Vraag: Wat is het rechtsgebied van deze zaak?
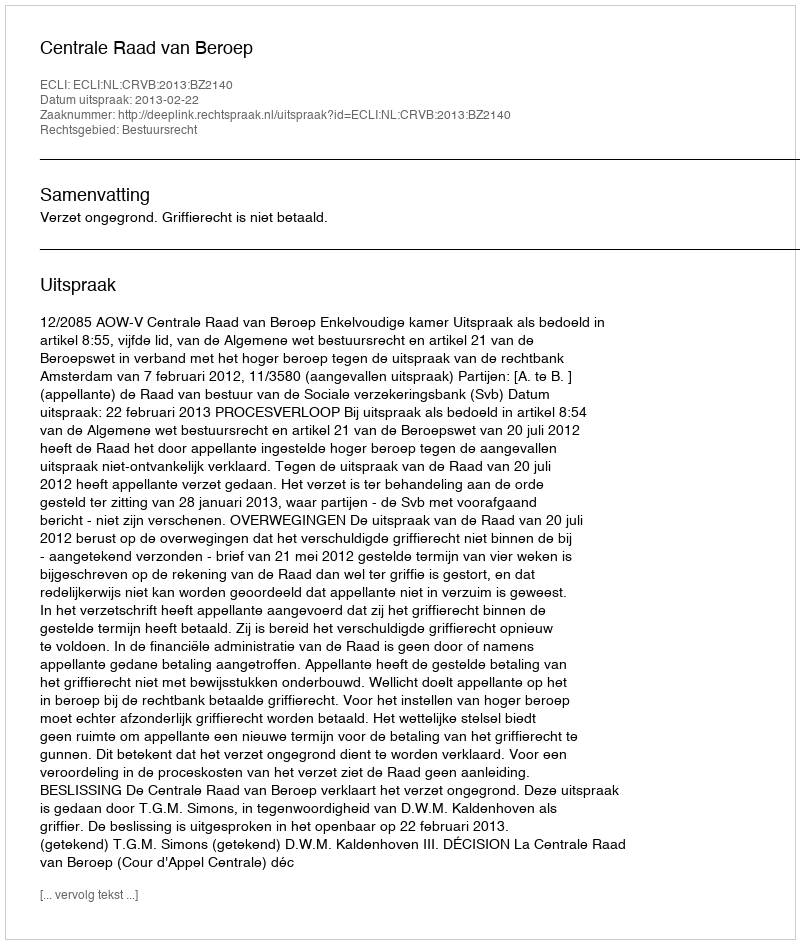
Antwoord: Bestuursrecht